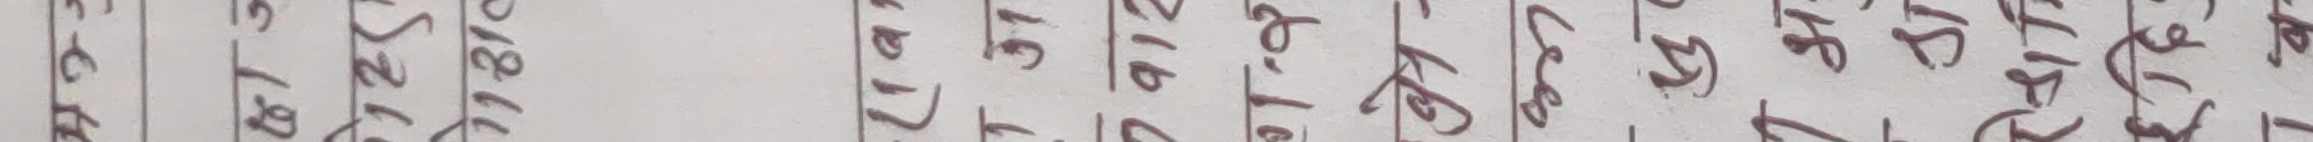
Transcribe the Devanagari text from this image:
१ क ग
२ ख घ
३ च ङ
४ छ झ
५ ज ट
६ ञ ड
७ ठ थ
८ ढ द
९ ण प
१० त भ
११ ध य
१२ न र
१३ फ ल
१४ ब व
१५ म श
१६ ष ह
१७ स ज्ञ
१८ क्ष त्र